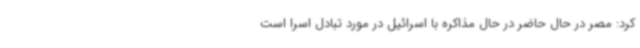
کرد: مصر در حال حاضر در حال مذاکره با اسرائیل در مورد تبادل اسرا است